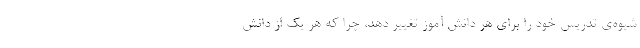
شیوه‌ی تدریس خود را برای هر دانش آموز تغییر دهد، چرا که هر یک از دانش